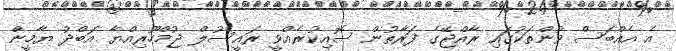
އެ އެއްބަސް ވުންތަކުގައި ރާއްޖޭގެ ފަރާތުން ސޮއިކުރެއްވީ ރައީސުލް ޖުމްހޫރިއްޔާ އަބްދު ޔާމީން